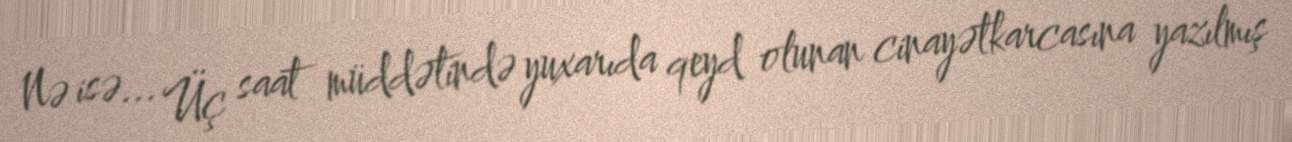
Nə isə... Üç saat müddətində yuxarıda qeyd olunan cinayətkarcasına yazılmış